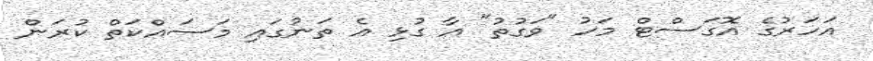
އަހަރުގެ އޮގަސްޓް މަހު "ވަގުތު" އާ ގުޅި އެ ތަނުގައި މަސައްކަތް ކުރަން